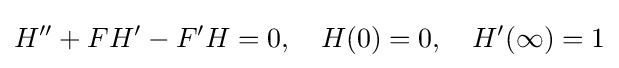
H''+FH'-F'H=0,\quad H(0)=0,\quad H'(\infty )=1